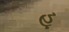
હૂ